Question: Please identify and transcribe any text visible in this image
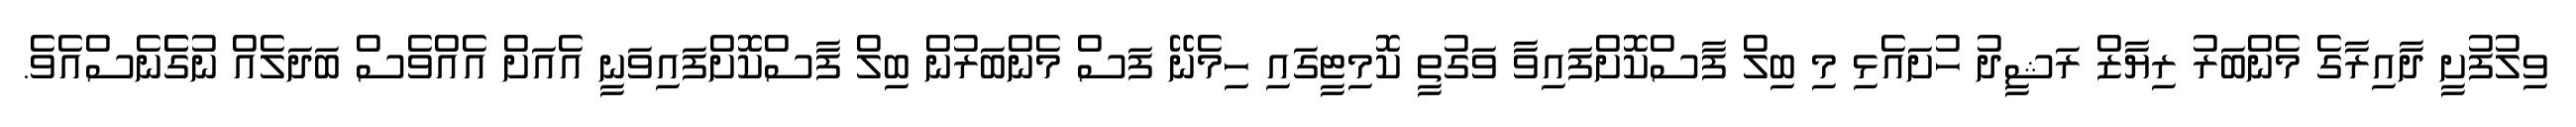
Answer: ވިލުފުށީ ދާއިރާގެ މެންބަރު ރިޔާޒް ރަޝީދު ހުށައެޅި މި ބިލް ފާސްކޮށްފައިވާ ވަގުތީ ކޮމިޓީގައި ހިމެނޭ ފަސް މެންބަރުން ބިލް ފާސްކޮށްފައިވަނީ އެއަށް އެއްވެސް ބަދަލެއް ނުގެެނެސްއެވެ.